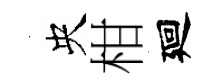
央柑廻